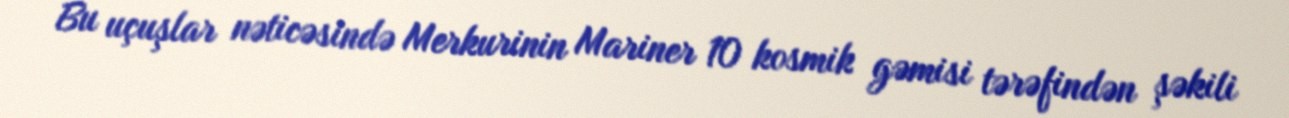
Bu uçuşlar nəticəsində Merkurinin Mariner 10 kosmik gəmisi tərəfindən şəkili